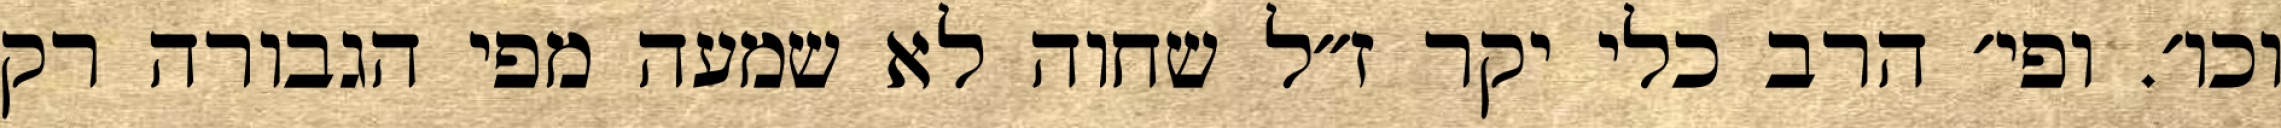
וכו׳. ופי׳ הרב כלי יקר ז״ל שחוה לא שמעה מפי הגבורה רק